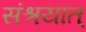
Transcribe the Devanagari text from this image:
संश्रयात्